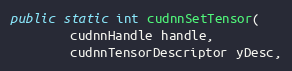
Language: Java
public static int cudnnSetTensor(
        cudnnHandle handle,
        cudnnTensorDescriptor yDesc,